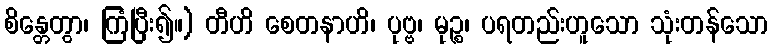
စိန္တေတွာ၊ ကြံပြီး၍။) တီဟိ စေတနာဟိ၊ ပုဗ္ဗ၊ မုဉ္စ၊ ပရတည်းဟူသော သုံးတန်သော